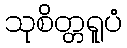
သုစိတ္တရူပံ